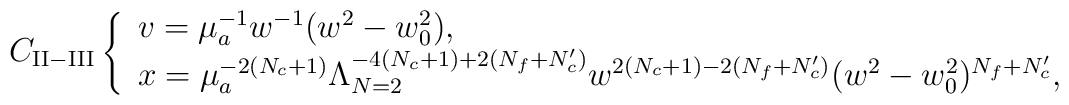
C_{{\rm II-III}}\left\{            \begin{array}{l}               v=\mu_a^{-1}w^{-1}(w^2-w_0^2), \\               x=\mu_a^{-2(N_c+1)}\Lambda_{N=2}^{-4(N_c+1)+2(N_f+N_c')}                 w^{2(N_c+1)-2(N_f+N_c')}(w^2-w_0^2)^{N_f+N_c'},            \end{array} \right.